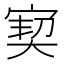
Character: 㝣